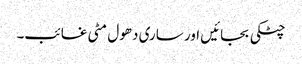
چٹکی بجائیں اور ساری دھول مٹی غائب۔